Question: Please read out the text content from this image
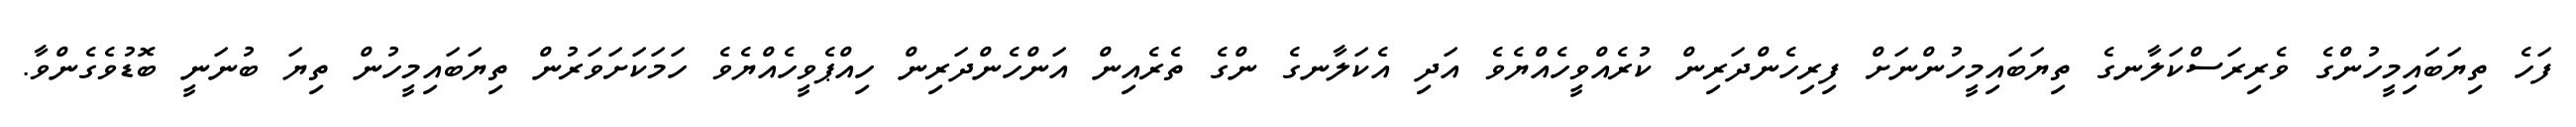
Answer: ފަހެ ތިޔަބައިމީހުންގެ ވެރިރަސްކަލާނގެ ތިޔަބައިމީހުންނަށް ފިރިހެންދަރިން ކުރެއްވީހެއްޔެވެ އަދި އެކަލާނގެ ންގެ ތެރެއިން އަންހެންދަރިން ހިއްޕެވީހެއްޔެވެ ހަމަކަށަވަރުން ތިޔަބައިމީހުން ތިޔަ ބުނަނީ ބޮޑުވެގެންވާ.